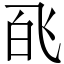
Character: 𬲉